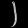
Digit: ၂